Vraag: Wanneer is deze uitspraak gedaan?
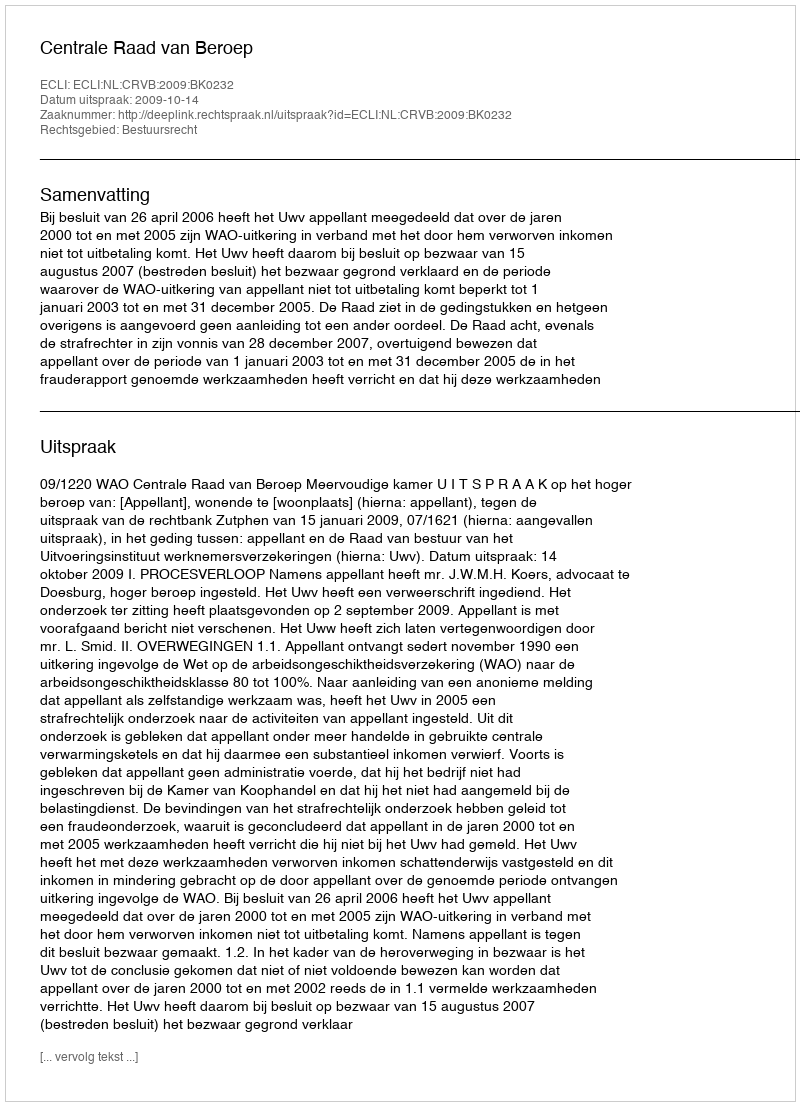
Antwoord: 2009-10-14